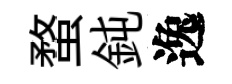
蝥鈍逸